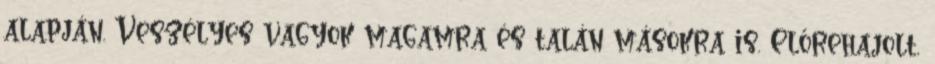
alapján. Veszélyes vagyok magamra és talán másokra is. Előrehajolt,